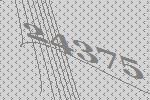
24375